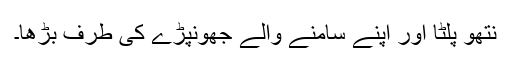
نتھو پلٹا اور اپنے سامنے والے جھونپڑے کی طرف بڑھا۔